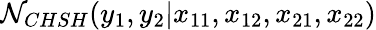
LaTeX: \mathcal{N}_{CHSH}(y_{1},y_{2}\vert x_{11},x_{12},x_{21},x_{22})